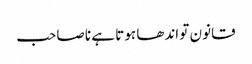
قانون تو اندھا ہوتا ہے نا صاحب